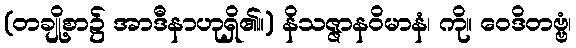
(တချို့စာ၌ အာဒီနာဟုရှိ၏။) နိသဇ္ဇာနဝိမာနံ၊ ကို။ ဝေဒိတဗ္ဗံ၊